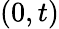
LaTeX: (0,t)